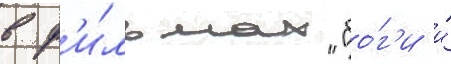
в ф'и́льмах "бо́г'и и́